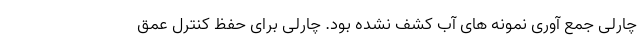
چارلی جمع آوری نمونه های آب کشف نشده بود. چارلی برای حفظ کنترل عمق